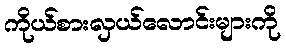
ကိုယ်စားလှယ်လောင်းများကို